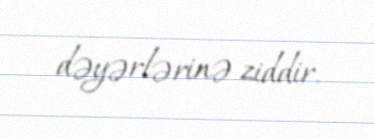
dəyərlərinə ziddir.